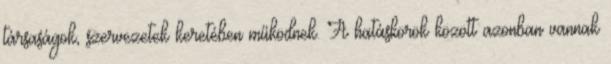
társaságok, szervezetek keretében működnek. A hatáskörök között azonban vannak